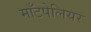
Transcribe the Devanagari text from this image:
माँटपेलियर